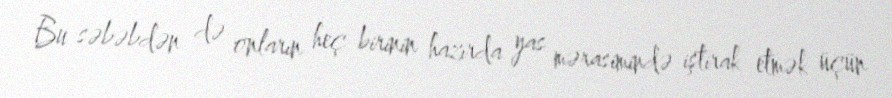
Bu səbəbdən də onların heç birinin hazırda yas mərasimində iştirak etmək üçün